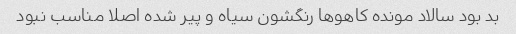
بد بود سالاد مونده کاهوها رنگشون سیاه و پیر شده اصلا مناسب نبود